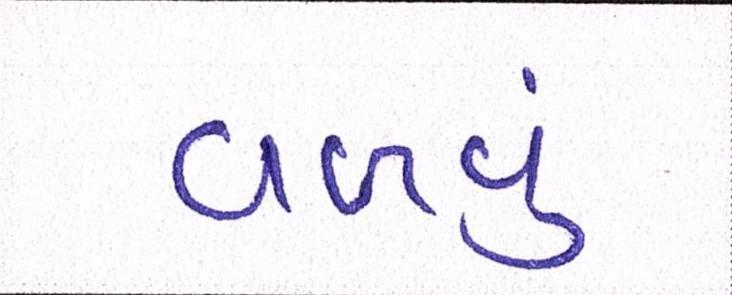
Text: વળવું